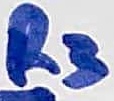
Text: R3